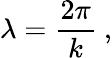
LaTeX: \lambda={\frac{2\pi}{k}}\ ,